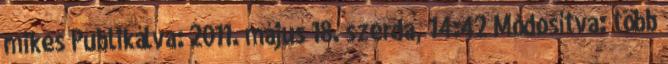
mikes Publikálva: 2011. május 18. szerda, 14:42 Módosítva: több